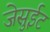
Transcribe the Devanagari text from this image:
जेसुईट